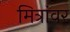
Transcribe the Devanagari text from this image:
मित्रांवर